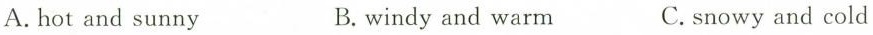
A.hot and sunny B. windy and warm C. snowy and cold